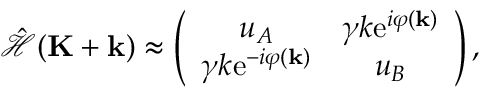
\begin{array} { r } { \hat { \mathcal { H } } ( \mathbf { K } + \mathbf { k } ) \approx \left( \begin{array} { c c } { u _ { A } } & { \gamma k \mathrm { e } ^ { i \varphi ( \mathbf { k } ) } } \\ { \gamma k \mathrm { e } ^ { - i \varphi ( \mathbf { k } ) } } & { u _ { B } } \end{array} \right) , } \end{array}